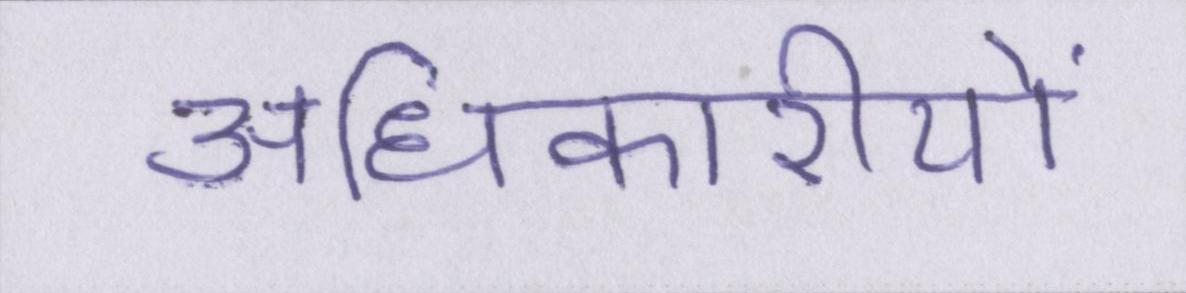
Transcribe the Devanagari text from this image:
अधिकारीयों